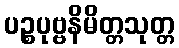
ပဉ္စပုဗ္ဗနိမိတ္တသုတ္တ